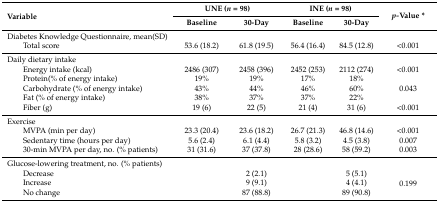
<table><thead><tr><td rowspan="2"><b>Variable</b></td><td colspan="2"><b>UNE (<i>n</i> = 98)</b></td><td colspan="2"><b>INE (<i>n</i> = 98)</b></td><td rowspan="2"><b><i>p-</i>Value *</b></td></tr><tr><td><b>Baseline</b></td><td><b>30-Day</b></td><td><b>Baseline</b></td><td><b>30-Day</b></td></tr></thead><tbody><tr><td>Diabetes Knowledge Questionnaire, mean(SD)</td><td></td><td></td><td></td><td></td><td></td></tr><tr><td>Total score</td><td>53.6 (18.2)</td><td>61.8 (19.5)</td><td>56.4 (16.4)</td><td>84.5 (12.8)</td><td>&lt;0.001</td></tr><tr><td>Daily dietary intake</td><td></td><td></td><td></td><td></td><td></td></tr><tr><td>Energy intake (kcal)</td><td>2486 (307)</td><td>2458 (396)</td><td>2452 (253)</td><td>2112 (274)</td><td>&lt;0.001</td></tr><tr><td>Protein(% of energy intake)</td><td>19%</td><td>19%</td><td>17%</td><td>18%</td><td rowspan="3">0.043</td></tr><tr><td>Carbohydrate (% of energy intake)</td><td>43%</td><td>44%</td><td>46%</td><td>60%</td></tr><tr><td>Fat (% of energy intake)</td><td>38%</td><td>37%</td><td>37%</td><td>22%</td></tr><tr><td>Fiber (g)</td><td>19 (6)</td><td>22 (5)</td><td>21 (4)</td><td>31 (6)</td><td>&lt;0.001</td></tr><tr><td>Exercise</td><td></td><td></td><td></td><td></td><td></td></tr><tr><td>MVPA (min per day)</td><td>23.3 (20.4)</td><td>23.6 (18.2)</td><td>26.7 (21.3)</td><td>46.8 (14.6)</td><td>&lt;0.001</td></tr><tr><td>Sedentary time (hours per day)</td><td>5.6 (2.4)</td><td>6.1 (4.4)</td><td>5.8 (3.2)</td><td>4.5 (3.8)</td><td>0.007</td></tr><tr><td>30-min MVPA per day, no. (% patients)</td><td>31 (31.6)</td><td>37 (37.8)</td><td>28 (28.6)</td><td>58 (59.2)</td><td>0.003</td></tr><tr><td>Glucose-lowering treatment, no. (% patients)</td><td></td><td></td><td></td><td></td><td></td></tr><tr><td>Decrease</td><td></td><td>2 (2.1)</td><td></td><td>5 (5.1)</td><td rowspan="3">0.199</td></tr><tr><td>Increase</td><td></td><td>9 (9.1)</td><td></td><td>4 (4.1)</td></tr><tr><td>No change</td><td></td><td>87 (88.8)</td><td></td><td>89 (90.8)</td></tr></tbody></table>